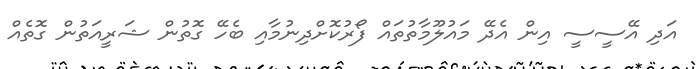
އަދި އޭސީސީ އިން އެދޭ މައުލޫމާތުތައް ފޯރުކޮށްދިނުމާއި ބެހޭ ގޮތުން ޝަރީއަތުން ގޮތެއް